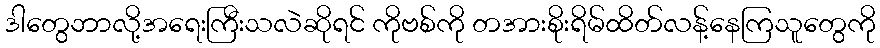
ဒါတွေဘာလို့အရေးကြီးသလဲဆိုရင် ကိုဗစ်ကို တအားစိုးရိမ်ထိတ်လန့်နေကြသူတွေကို